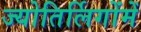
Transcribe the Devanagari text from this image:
ज्योतिर्लिगोंमें